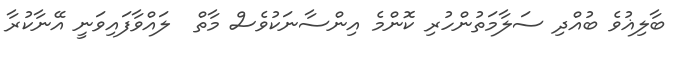
ބާލިޣުވެ ބުއްދި ސަލާމަތުންހުރި ކޮންމެ އިންސާނަކުވެސް މާތް  ލައްވާފައިވަނީ އޭނާކުރާ